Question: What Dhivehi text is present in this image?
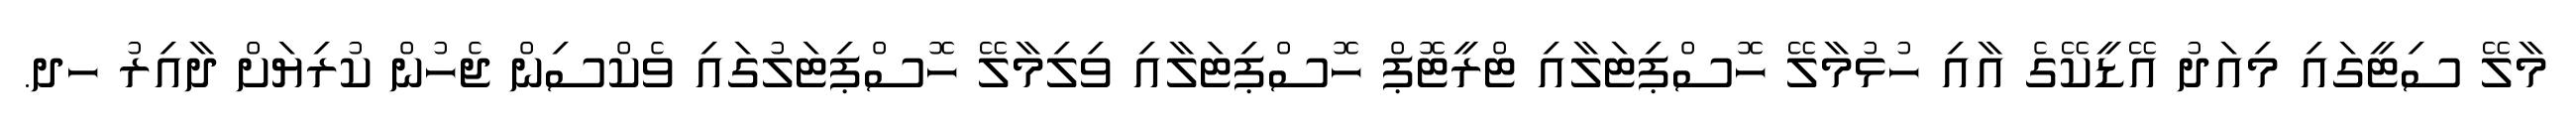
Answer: މާލޭ ސިޓީގައި މިއަދު އޭޑީކޭގެ އާއި ހުޅުމާލޭ ހޮސްޕިޓަލާއި ޓްރީޓޮޕް ހޮސްޕިޓަލާއި ވިލިމާލޭ ހޮސްޕިޓަލުގައި ވެކްސިން ޖެހުން ކުރިޔަށް ދާއިރު ހދ.